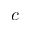
c